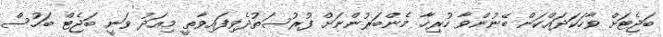
ބަޖެޓަށް ވާހަކަދައްކަން ބޭނުންވާ ހުރިހާ މެންބަރުންނަށް ފުރުސަތުދެވިފައިވާތީ މިއަދު ވަނީ ބަޖެޓް ބަހުސް